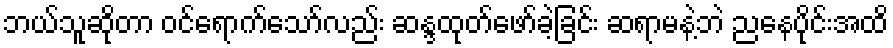
ဘယ်သူဆိုတာ ဝင်ရောက်သော်လည်း ဆန္ဒထုတ်ဖော်ခဲ့ခြင်း ဆရာမနဲ့ဘဲ ညနေပိုင်းအထိ